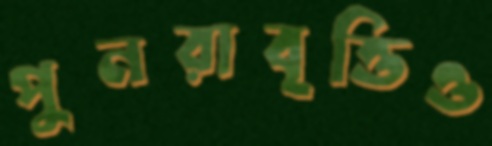
পুনরাবৃত্তিও